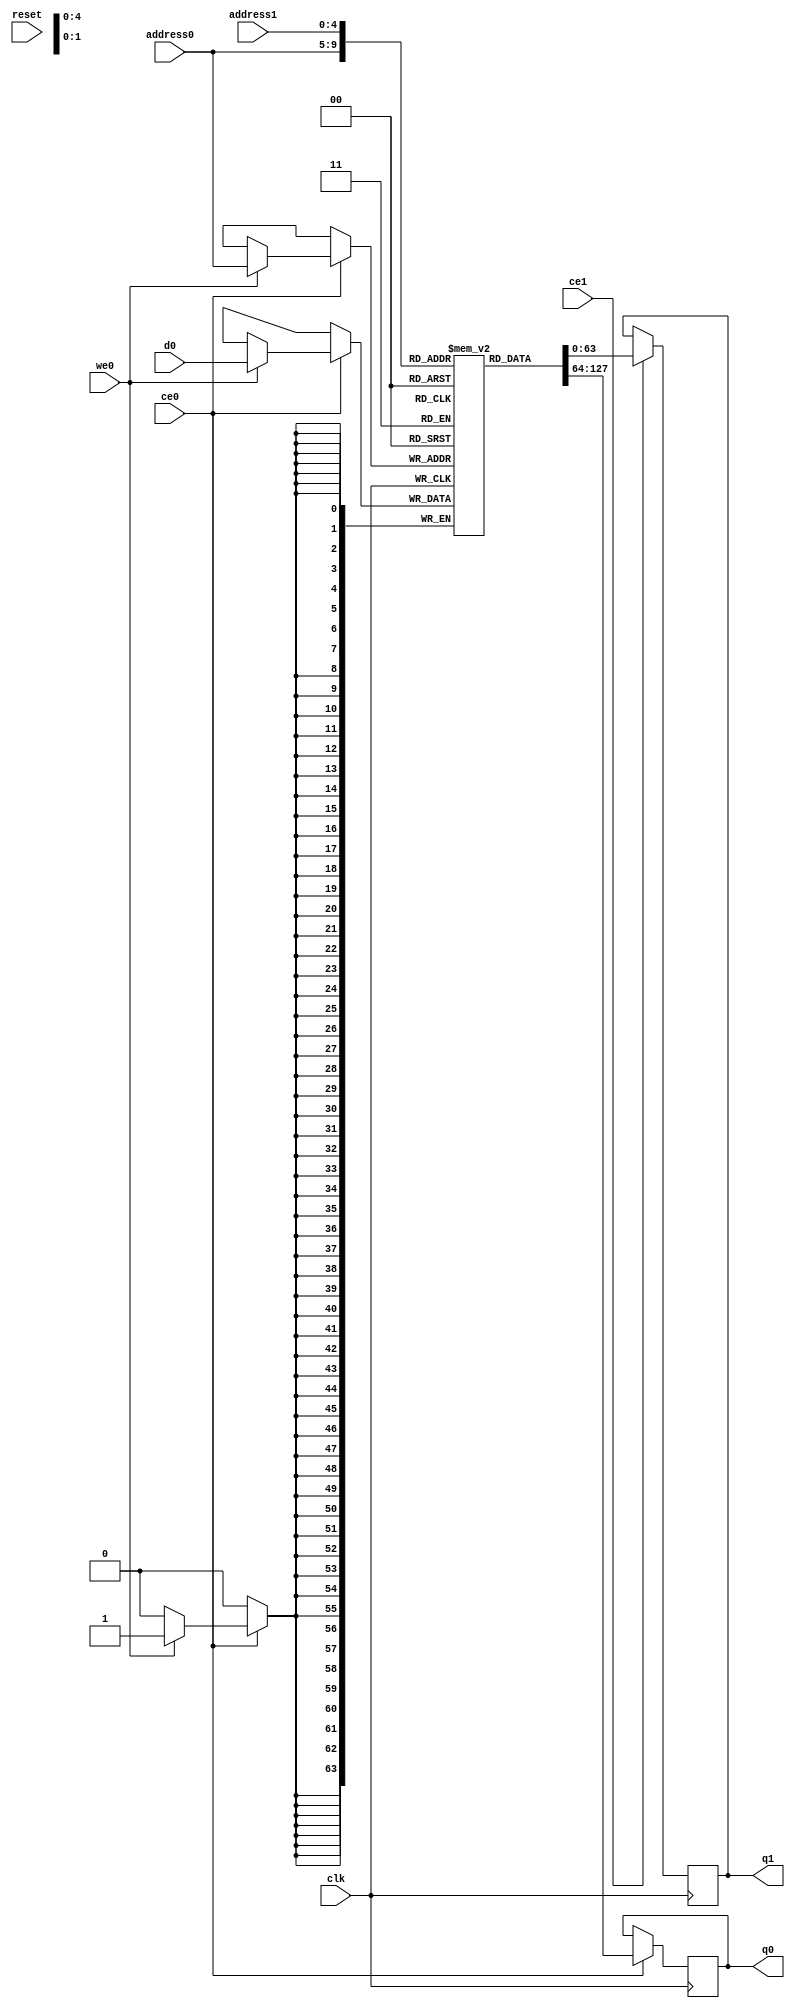
// ==============================================================
// Vitis HLS - High-Level Synthesis from C, C++ and OpenCL v2021.2 (64-bit)
// Copyright 1986-2021 Xilinx, Inc. All Rights Reserved.
// ==============================================================
`timescale 1 ns / 1 ps
module CNN_line_buffer_1_RAM_AUTO_1R1W (address0, ce0, d0, we0, q0, address1, ce1, q1,  reset,clk);

parameter DataWidth = 64;
parameter AddressWidth = 5;
parameter AddressRange = 28;

input[AddressWidth-1:0] address0;
input ce0;
input[DataWidth-1:0] d0;
input we0;
output reg[DataWidth-1:0] q0;
input[AddressWidth-1:0] address1;
input ce1;
output reg[DataWidth-1:0] q1;
input reset;
input clk;

reg [DataWidth-1:0] ram[0:AddressRange-1];




always @(posedge clk)  
begin 
    if (ce0) begin
        if (we0) 
            ram[address0] <= d0; 
        q0 <= ram[address0];
    end
end


always @(posedge clk)  
begin 
    if (ce1) begin
        q1 <= ram[address1];
    end
end


endmodule